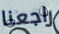
راجعنا